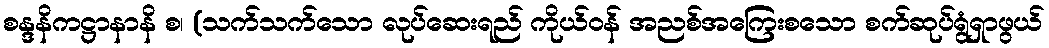
စန္ဒနိကဋ္ဌာနာနိ စ၊ (သက်သက်သော လုပ်ဆေးရည် ကိုယ်ဝန် အညစ်အကြေးစသော စက်ဆုပ်ရွံရှာဖွယ်